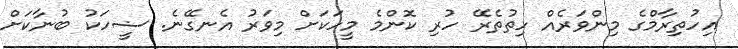
އިހުތިރާމްގެ މިންވަރެއް ހިތުތެރޭ ހުރި ކޮންމެ މީހަކަށް މިވަރު އެނގޭނެ. ޟީހަކު ބުނާކަށް